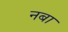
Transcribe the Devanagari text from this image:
नबा